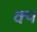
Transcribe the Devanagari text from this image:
क्प